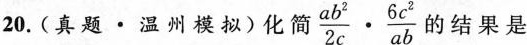
20. (真题 · 温州模拟) 化简$$\frac { a b ^ { 2 } } { 2 c } \cdot \frac { 6 c ^ { 2 } }{ a b }$$ 的结果是